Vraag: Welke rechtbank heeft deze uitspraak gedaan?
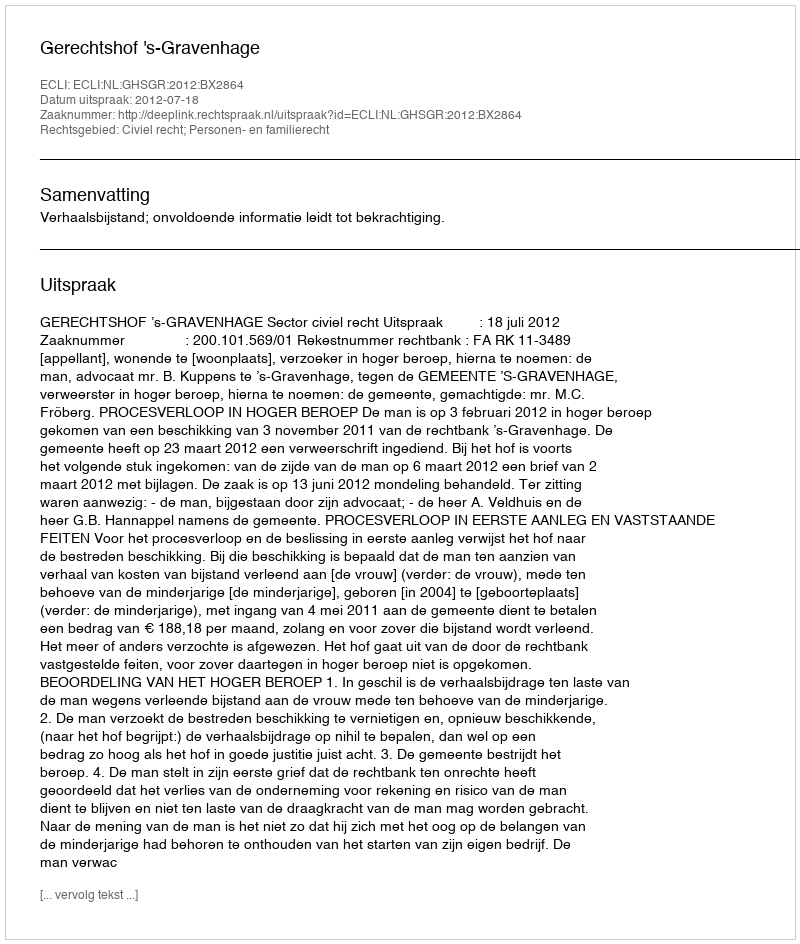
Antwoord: Gerechtshof 's-Gravenhage